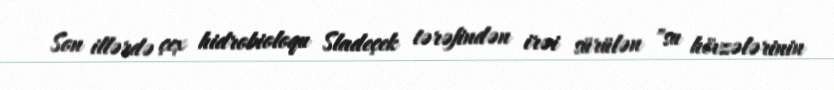
Son illərdə çex hidrobioloqu Sladeçek tərəfindən irəi sürülən "su hövzələrinin